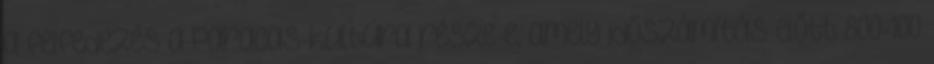
a felfedezés a Paracas-kultúra része-e, amely időszámítás előtt 800-100